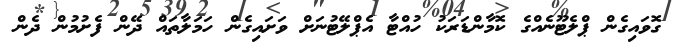
ގޮވައިގެން ޕްލެޓޫނެއްގެ ކޮމާންޑަރަކު ހުއްޓާ އެޕްލޭޓުނަށް ވަށައިގެން ހަމަލާތައް ދޭން ފެށުމުން ދެން